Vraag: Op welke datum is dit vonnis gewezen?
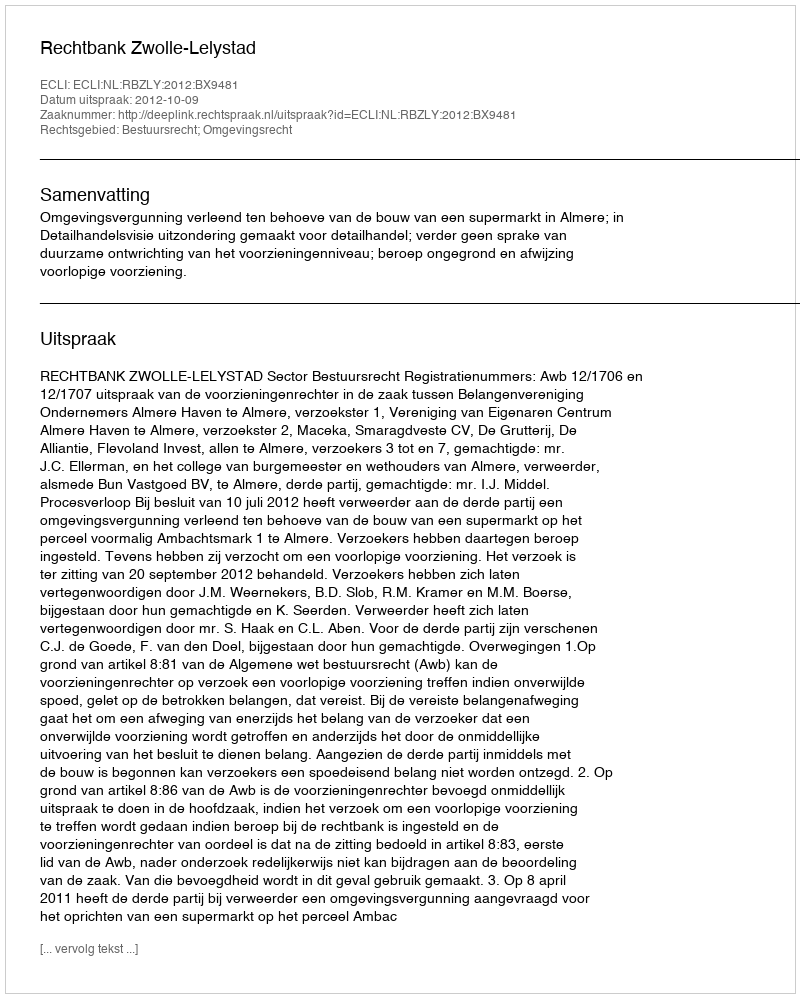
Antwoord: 2012-10-09